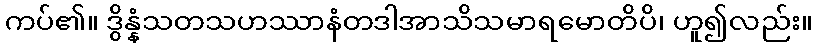
ကပ်၏။ ဒွိန္နံသတသဟဿာနံတဒါအာသိသမာရမောတိပိ၊ ဟူ၍လည်း။